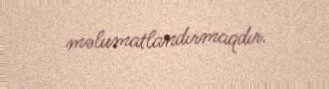
məlumatlandırmaqdır.